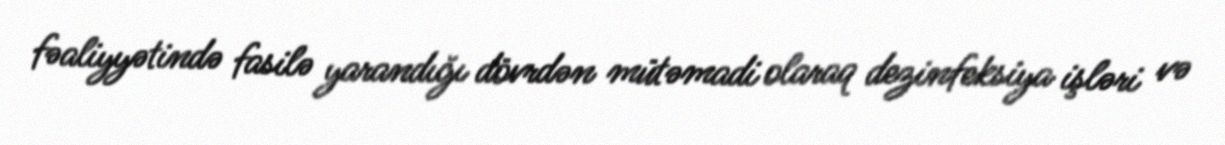
fəaliyyətində fasilə yarandığı dövrdən mütəmadi olaraq dezinfeksiya işləri və